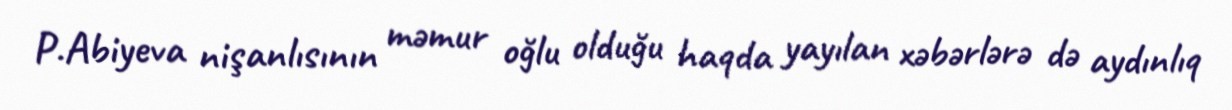
P.Abiyeva nişanlısının məmur oğlu olduğu haqda yayılan xəbərlərə də aydınlıq